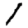
Digit: 1